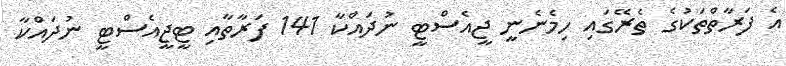
އެ ފަރާތްތަކުގެ ތެރޭގައި ހިމެނެނީ ޖީއެސްޓީ ނުދައްކާ 141 ފަރާތާއި ޓީޖީއެސްޓީ ނުދައްކާ